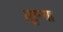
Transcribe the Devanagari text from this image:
।शुन्या